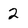
Character: 2